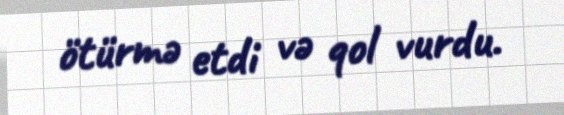
ötürmə etdi və qol vurdu.